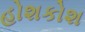
હોશકોશ